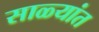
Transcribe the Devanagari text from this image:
साळ्यांत